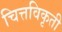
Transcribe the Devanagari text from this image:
चित्तविकृती